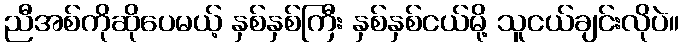
ညီအစ်ကိုဆိုပေမယ့် နှစ်နှစ်ကြီး နှစ်နှစ်ငယ်မို့ သူငယ်ချင်းလိုပဲ။